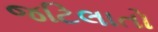
જટિલાતો